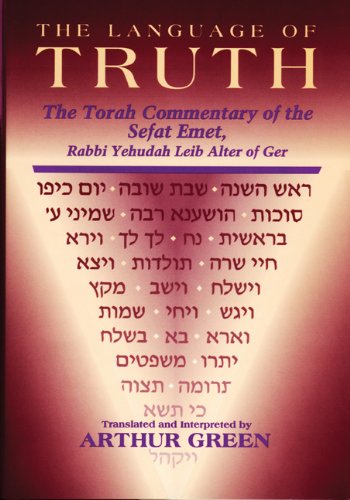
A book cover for The Language of Truth: The Torah Commentary of the Sefat Emet; Judah A. Alter; Religion & Spirituality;